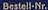
Bestell-Mr.